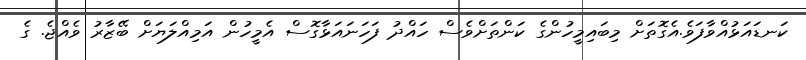
ކަނޑައަޅުއްވާފަވެ.އެގޮތަށް މިބައިމީހުންގެ ކަންތަށްވެސް ހައްދު ފަހަނައަޅާގޮސް އެމީހުން އަމިއްލަޔަށް ބޭޒާރު ވެއްޖެ. ގެ